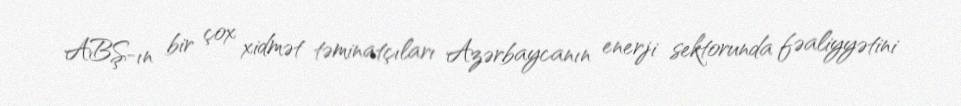
ABŞ-ın bir çox xidmət təminatçıları Azərbaycanın enerji sektorunda fəaliyyətini